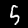
Digit: 5